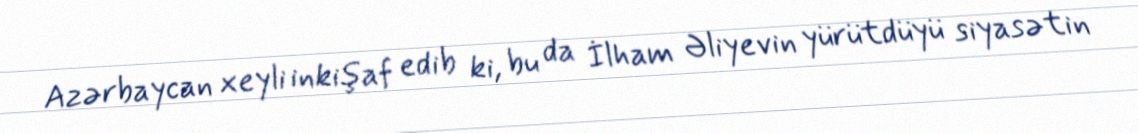
Azərbaycan xeyli inkişaf edib ki, bu da İlham Əliyevin yürütdüyü siyasətin